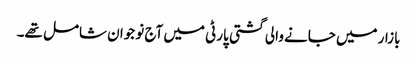
بازار میں جانے والی گشتی پارٹی میں آج نو جوان شامل تھے۔